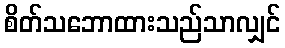
စိတ်သဘောထားသည်သာလျှင်